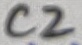
Text: C2